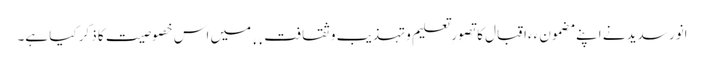
انور سدید نے اپنے مضمون ٫٫اقبال کا تصورِ تعلیم و تہذیب و ثقافت٬٬ میں اس خصوصیت کا ذکر کیا ہے۔